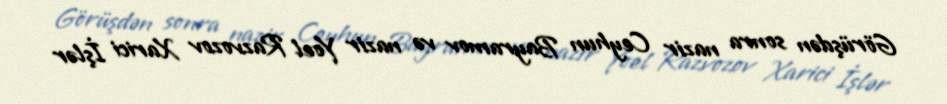
Görüşdən sonra nazir Ceyhun Bayramov və nazir Yoel Razvozov Xarici İşlər